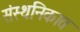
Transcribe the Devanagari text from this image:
संस्थनिकात